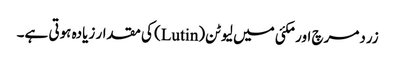
زردمرچ اور مکئی میں لیوٹن(Lutin) کی مقدار زیادہ ہوتی ہے۔